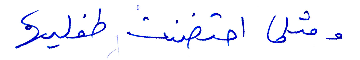
ومثلا احتضنت طفليهما